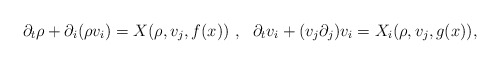
\begin{align*}\partial _t \rho +\partial _i(\rho v_i)=X(\rho ,v_j, f(x))~,~~\partial _t v_i+(v_j\partial _j)v_i=X_i(\rho ,v_j, g(x)),\end{align*}